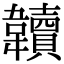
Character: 韥